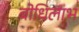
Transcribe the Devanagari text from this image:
बोधिलाभ